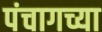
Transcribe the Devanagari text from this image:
पंचागच्या